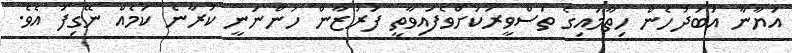
އަޔާނާ އަބަދުހެން ހިތާމައިގެ ތަސްވީރަކަށްވެފައިވާތީ ފަރުޒާން ހުންނަނީ ކުރާނެ ކަމެއް ނޭގިފަ އެވެ.